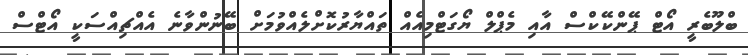
ބްލޫބެރީ އޯޓް ޕޭންކޭކްސް އާއި މެޕްލް ޔޯގަޓްމިއެއް ތައްޔާރުކޮށްލެއްވުމަށް ބޭނުންވާނެ އެއްޗިއްސަކީ އޯޓްސް